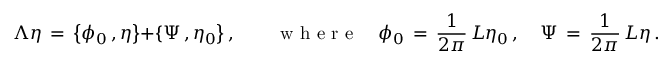
\Lambda \eta \, = \, \bigl \{ \phi _ { 0 } \, , \eta \bigr \} + \{ \Psi \, , \eta _ { 0 } \bigr \} \, , \qquad \mathrm { ~ w ~ h ~ e ~ r ~ e ~ } \quad \phi _ { 0 } \, = \, \frac { 1 } { 2 \pi } \, L \eta _ { 0 } \, , \quad \Psi \, = \, \frac { 1 } { 2 \pi } \, L \eta \, .